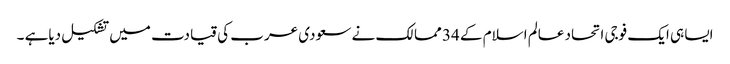
ایسا ہی ایک فوجی اتحاد عالم اسلام کے 34 ممالک نے سعودی عرب کی قیادت میں تشکیل دیاہے ۔